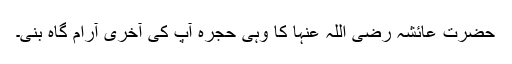
حضرت عائشہ رضی اللہ عنہا کا وہی حجرہ آپ کی آخری آرام گاہ بنی۔